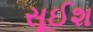
સૂઈશ